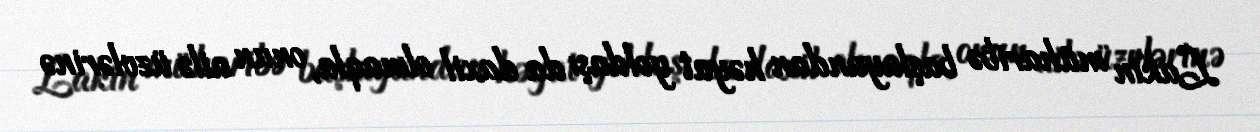
Lakin müharibə başlayandan həyat yoldaşı da daxil olmaqla, onun ailə üzvlərinə